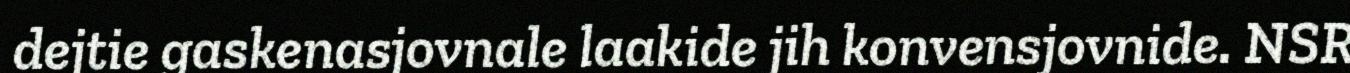
dejtie gaskenasjovnale laakide jih konvensjovnide. NSR